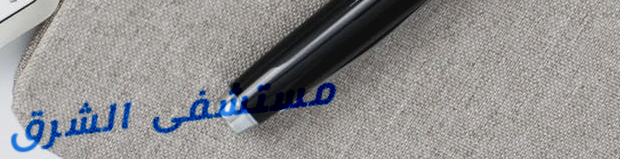
مستشفى الشرق